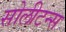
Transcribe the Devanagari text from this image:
सोलीटन्स